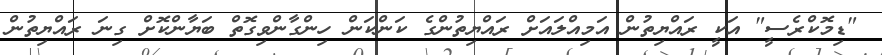
"ޑިމޮކްރެސީ" އަކީ ރައްޔިތުން އަމިއްލައަށް ރައްޔިތުންގެ ކަންކަން ހިންގާންވިގޮތް ބަޔާންކޮށް ގިނަ ރައްޔިތުން